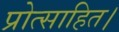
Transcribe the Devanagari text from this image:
प्रोत्साहित।